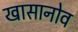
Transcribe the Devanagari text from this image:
खासानोव